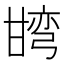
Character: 𭺯